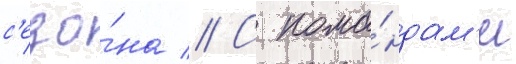
с'езо́на // С кома́ндам'и